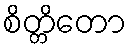
စိတ္တိတော